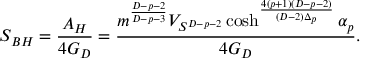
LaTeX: S _ { B H } = { \frac { A _ { H } } { 4 G _ { D } } } = { \frac { m ^ { \frac { D - p - 2 } { D - p - 3 } } V _ { S ^ { D - p - 2 } } \cosh ^ { \frac { 4 ( p + 1 ) ( D - p - 2 ) } { ( D - 2 ) \Delta _ { p } } } \alpha _ { p } } { 4 G _ { D } } } .